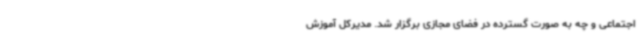
اجتماعی و چه به صورت گسترده در فضای مجازی برگزار شد. مدیرکل آموزش